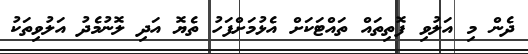
ދެން މި އަލުވި ފޮތިތައް ތައްޓަކަށް އެޅުމަށްފަހު ތެޔޮ އަދި ލޮނުމެދު އަލުވިތަކު